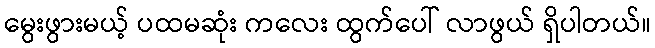
မွေးဖွားမယ့် ပထမဆုံး ကလေး ထွက်ပေါ် လာဖွယ် ရှိပါတယ်။